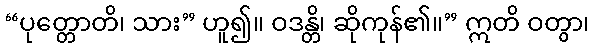
“ပုတ္တောတိ၊ သား” ဟူ၍။ ဝဒန္တိ၊ ဆိုကုန်၏။” ဣတိ ဝတွာ၊